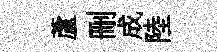
蘆删成陸